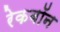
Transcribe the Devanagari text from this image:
रेकबॉन